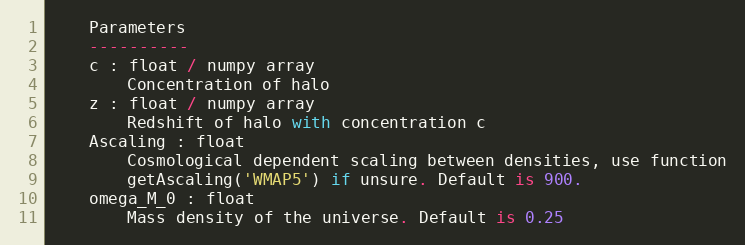
Language: Python
    Parameters
    ----------
    c : float / numpy array
        Concentration of halo
    z : float / numpy array
        Redshift of halo with concentration c
    Ascaling : float
        Cosmological dependent scaling between densities, use function
        getAscaling('WMAP5') if unsure. Default is 900.
    omega_M_0 : float
        Mass density of the universe. Default is 0.25